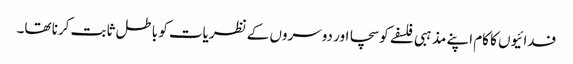
فدائیوں کا کام اپنے مذہبی فلسفے کو سچا اور دوسروں کے نظریات کو باطل ثابت کرنا تھا۔